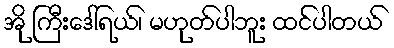
အို ကြီးဒေါ်ရယ်၊ မဟုတ်ပါဘူး ထင်ပါတယ်